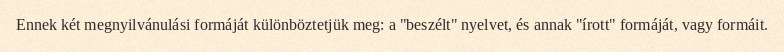
Ennek két megnyilvánulási formáját különböztetjük meg: a "beszélt" nyelvet, és annak "írott" formáját, vagy formáit.